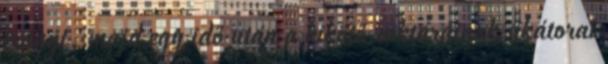
irányt, majd egy idő után a kikötő raktárainak sikátorai